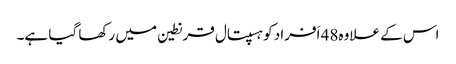
اس کے علاوہ48 اَفراد کو ہسپتال قرنطین میں رکھا گیا ہے۔